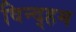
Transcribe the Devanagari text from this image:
विन्द्हम